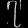
Digit: ၇